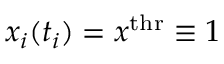
{ { x } } _ { i } ( t _ { i } ) = { { x } } ^ { \mathrm { t h r } } \equiv 1